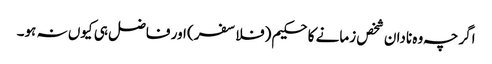
اگرچہ وہ نادان شخص زمانے کا حکیم (فلاسفر) اور فاضل ہی کیوں نہ ہو۔